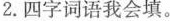
2.四字词语我会填。